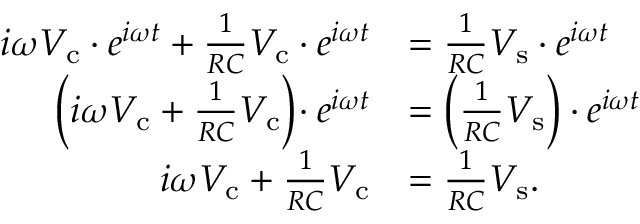
{ \begin{array} { r l } { i \omega V _ { \mathrm { c } } \cdot e ^ { i \omega t } + { \frac { 1 } { R C } } V _ { \mathrm { c } } \cdot e ^ { i \omega t } } & { = { \frac { 1 } { R C } } V _ { \mathrm { s } } \cdot e ^ { i \omega t } } \\ { \left( i \omega V _ { \mathrm { c } } + { \frac { 1 } { R C } } V _ { \mathrm { c } } \right) \! \cdot e ^ { i \omega t } } & { = \left( { \frac { 1 } { R C } } V _ { \mathrm { s } } \right) \cdot e ^ { i \omega t } } \\ { i \omega V _ { \mathrm { c } } + { \frac { 1 } { R C } } V _ { \mathrm { c } } } & { = { \frac { 1 } { R C } } V _ { \mathrm { s } } . } \end{array} }